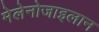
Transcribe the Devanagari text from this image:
मेलेनोजाइलान